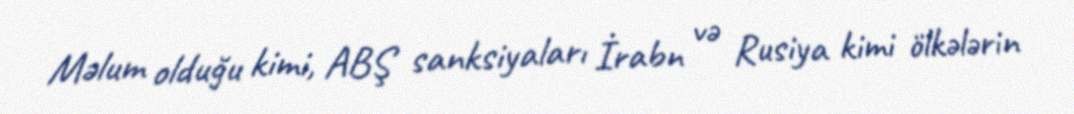
Məlum olduğu kimi, ABŞ sanksiyaları İrabn və Rusiya kimi ölkələrin